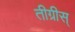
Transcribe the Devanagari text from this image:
तीग्रीस्